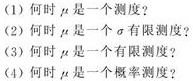
(1) 何时$\mu$是一个测度？
(2) 何时$\mu$是一个$\sigma$有限测度？
(3) 何时$\mu$是一个有限测度？
(4) 何时$\mu$是一个概率测度？